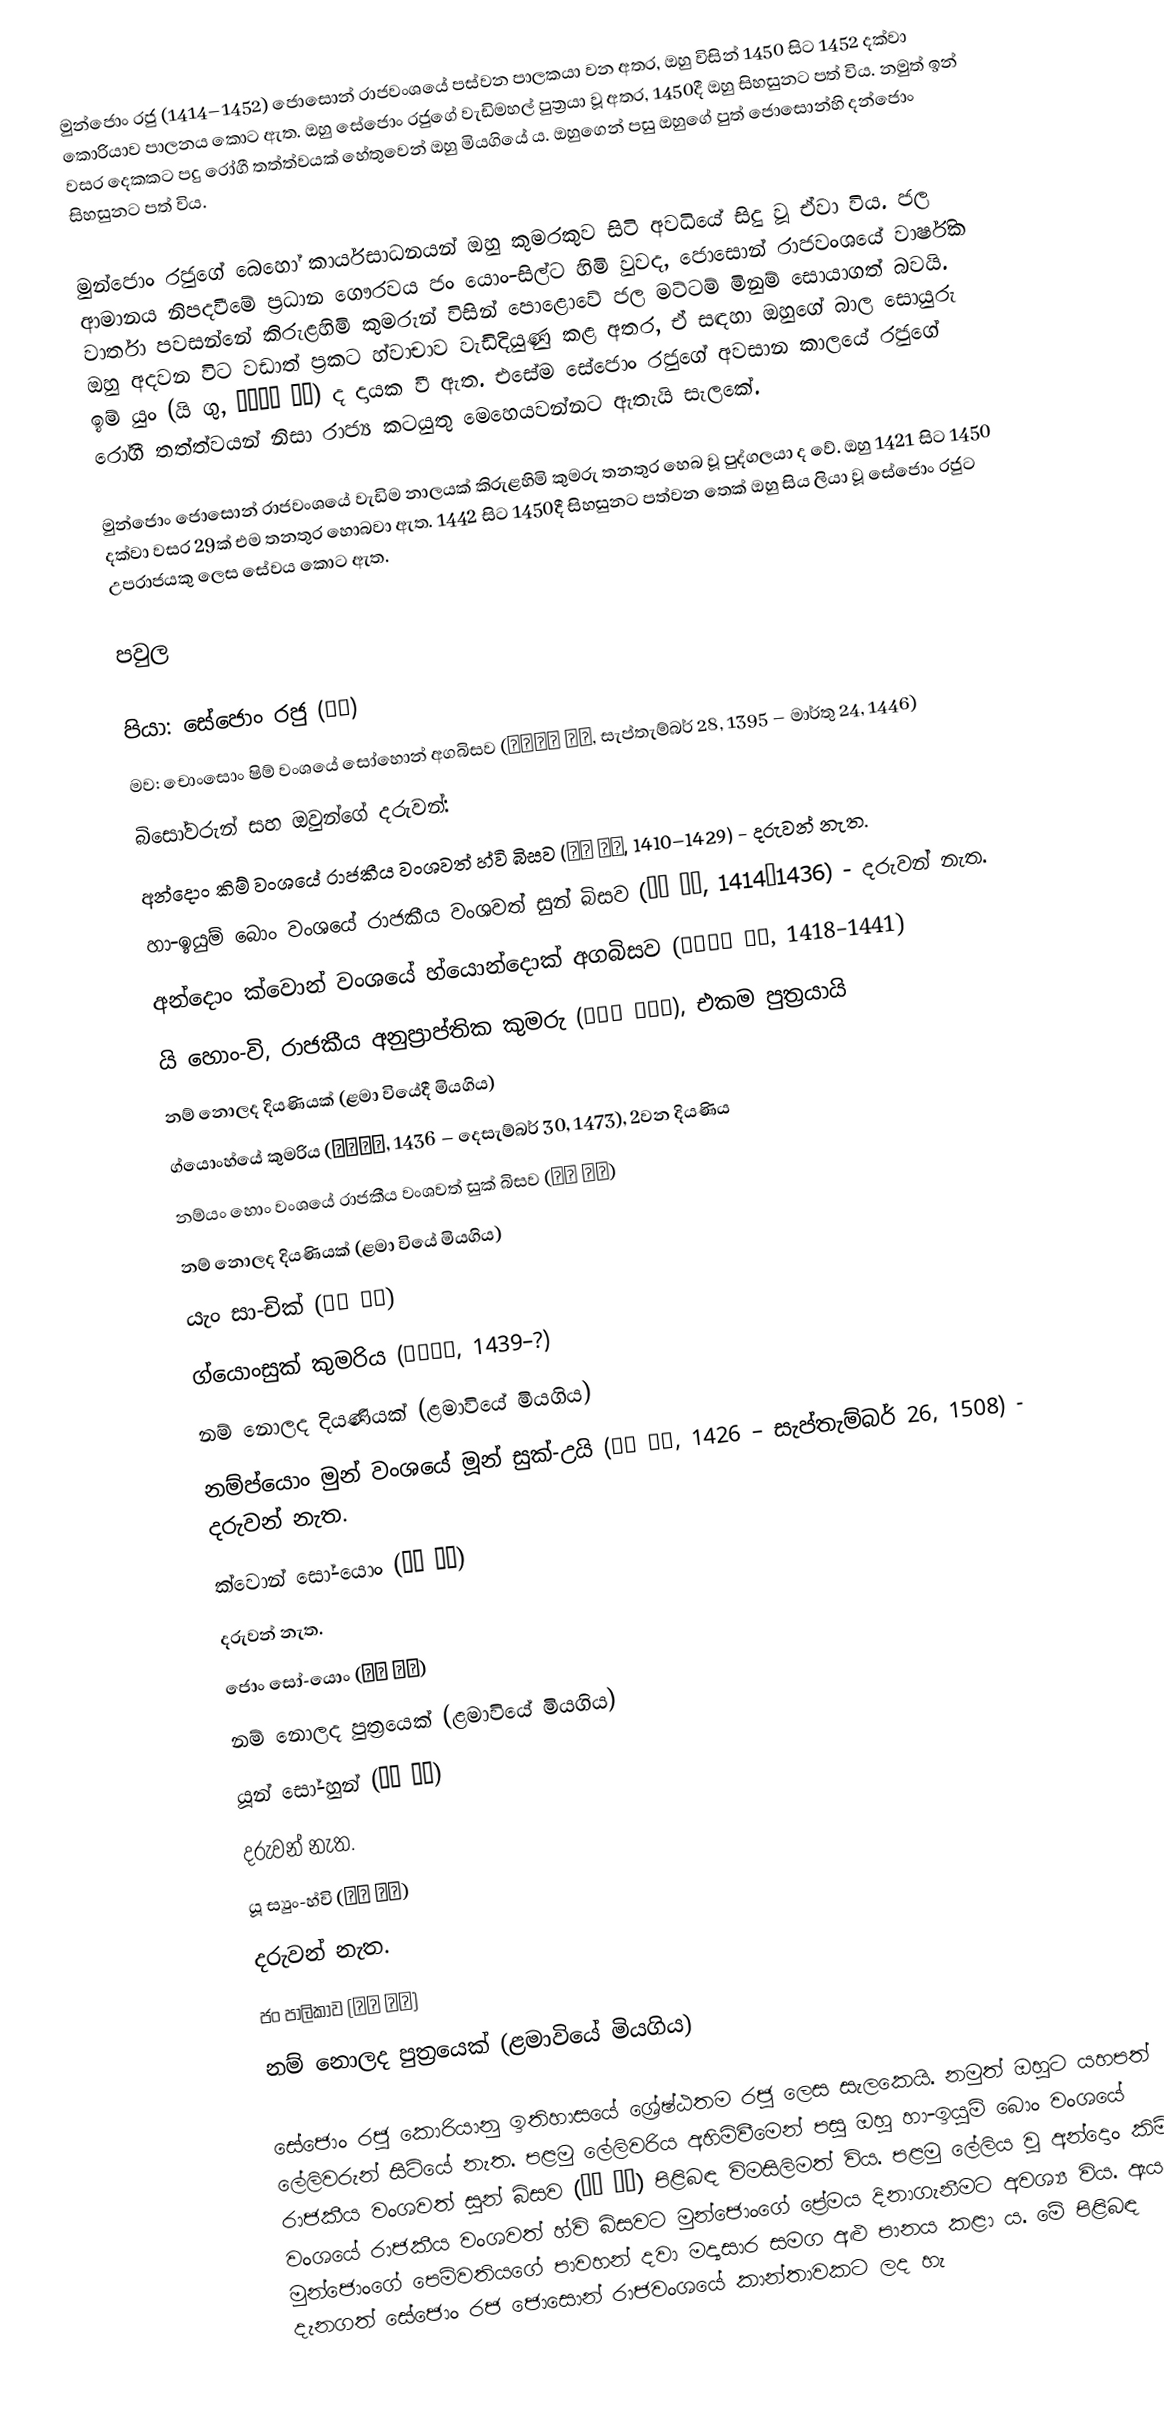
මුන්ජොං රජු (1414–1452) ජොසොන් රාජවංශයේ පස්වන පාලකයා වන අතර, ඔහු විසින් 1450 සිට 1452 දක්වා කොරියාව පාලනය කොට ඇත. ඔහු සේජොං රජුගේ වැඩිමහල් පුත්‍රයා වූ අතර, 1450දී ඔහු සිහසුනට පත් විය. නමුත් ඉන් වසර දෙකකට පදු රෝගී තත්ත්වයක් හේතුවෙන් ඔහු මියගියේ ය. ඔහුගෙන් පසු ඔහුගේ පුත් ජොසොන්හි දන්ජොං සිහසුනට පත් විය.

මුන්ජොං රජුගේ බෙහෝ කාර්යසාධනයන් ඔහු කුමරකුව සිටි අවධියේ සිදු වූ ඒවා විය. ජල ආමානය නිපදවීමේ ප්‍රධාන ගෞරවය ජං යොං-සිල්ට හිමි වුවද, ජොසොන් රාජවංශයේ වාර්ෂික වාර්තා පවසන්නේ කිරුළහිමි කුමරුන් විසින් පොළොවේ ජල මට්ටම් මිනුම් සොයාගත් බවයි. ඔහු අදවන විට වඩාත් ප්‍රකට හ්වාචාව වැඩිදියුණු කළ අතර, ඒ සඳහා ඔහුගේ බාල සොයුරු ඉම් යුං (යි ගු, 임영대군 이구) ද දායක වී ඇත. එසේම සේජොං රජුගේ අවසාන කාලයේ රජුගේ රෝගී තත්ත්වයන් නිසා රාජ්‍ය කටයුතු මෙහෙයවන්නට ඇතැයි සැලකේ.

මුන්ජොං ජොසොන් රාජවංශයේ වැඩිම නාලයක් කිරුළහිමි කුමරු තනතුර හෙබ වූ පුද්ගලයා ද වේ. ඔහු 1421 සිට 1450 දක්වා වසර 29ක් එම තනතුර හොබවා ඇත. 1442 සිට 1450දී සිහසුනට පත්වන තෙක් ඔහු සිය ලියා වූ සේජොං රජුට උපරාජයකු ලෙස සේවය කොට ඇත.

පවුල

පියා: සේජොං රජු (세종)
මව: චොංසොං ෂිම් වංශයේ සෝහොන් අගබිසව (소헌왕후 심씨, සැප්තැම්බර් 28, 1395 – මාර්තු 24, 1446)
බිසෝවරුන් සහ ඔවුන්ගේ දරුවන්:
 අන්දොං කිම් වංශයේ රාජකීය වංශවත් හ්වි බිසව (휘빈 김씨, 1410–1429) - දරුවන් නැත.
 හා-ඉයුම් බොං වංශයේ රාජකීය වංශවත් සුන් බිසව (순빈 봉씨, 1414–1436) - දරුවන් නැත.
 අන්දොං ක්වොන් වංශයේ හ්යොන්දොක් අගබිසව (현덕왕후 권씨, 1418–1441)
 යි හොං-වි, රාජකීය අනුප්‍රාප්තික කුමරු (이홍위 왕세자), එකම පුත්‍රයායි
 නම් නොලද දියණියක් (ළමා වියේදී මියගිය)
 ග්යොංහ්යේ කුමරිය (경혜공주, 1436 – දෙසැම්බර් 30, 1473), 2වන දියණිය
 නම්යං හොං වංශයේ රාජකීය වංශවත් සුක් බිසව (숙빈 홍씨)
 නම් නොලද දියණියක් (ළමා වියේ මියගිය)
 යැං සා-චික් (사칙 양씨)
 ග්යොංසුක් කුමරිය (경숙옹주, 1439–?)
 නම් නොලද දියණියක් (ළමාවියේ මියගිය)
 නම්ප්යොං මුන් වංශයේ මූන් සුක්-උයි (숙의 문씨, 1426 – සැප්තැම්බර් 26, 1508) - දරුවන් නැත.
 ක්වොන් සෝ-යොං (소용 권씨)
 දරුවන් නැත.
 ජොං සෝ-යොං (소용 정씨)
 නම් නොලද පුත්‍රයෙක් (ළමාවියේ මියගිය)
 යූන් සෝ-හුන් (소훈 윤씨)
 දරුවන් නැත.
 යූ ස්‍යුං-හ්වි (승휘 유씨)
 දරුවන් නැත.
 ජං පාලිකාව (상궁 장씨)
 නම් නොලද පුත්‍රයෙක් (ළමාවියේ මියගිය)

සේජොං රජු කොරියානු ඉතිහාසයේ ශ්‍රේෂ්ඨතම රජු ලෙස සැලකෙයි. නමුත් ඔහුට යහපත් ලේලිවරුන් සිටියේ නැත. පළමු ලේලිවරිය අහිමිවීමෙන් පසු ඔහු හා-ඉයුම් බොං වංශයේ රාජකීය වංශවත් සුන් බිසව (순빈 봉씨) පිළිබඳ විමසිලිමත් විය. පළමු ලේලිය වූ අන්දොං කිම් වංශයේ රාජකීය වංශවත් හ්වි බිසව‍ට මුන්ජොංගේ ප්‍රේමය දිනාගැනීමට අවශ්‍ය විය. ඇය මුන්ජොංගේ පෙම්වතියගේ පාවහන් දවා මද්‍යසාර සමග අළු පානය කළා ය. මේ පිළිබඳ දැනගත් සේජොං රජ ජොසොන් රාජවංශයේ කාන්තාවකට ලද හැ